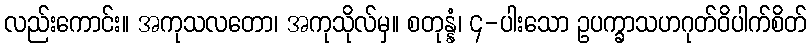
လည်းကောင်း။ အကုသလတော၊ အကုသိုလ်မှ။ စတုန္နံ၊ ၄-ပါးသော ဥပက္ခာသဟဂုတ်ဝိပါက်စိတ်